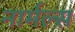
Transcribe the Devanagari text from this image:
नार्मल्स